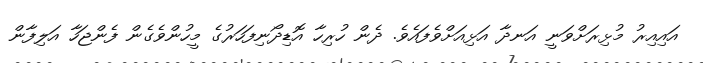
އައިއިރު މުޅިރަށްވަނީ އަނދާ އަޅިއަށްވެފައެވެ. ދެން ހުރިހާ އޮޑިދޯނިފަހަރުގެ މީހުންވެގެން ފެންޖަހާ އަލިފާން